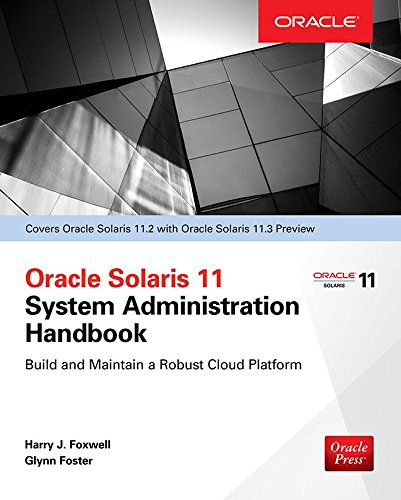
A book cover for Oracle Solaris 11.2 System Administration Handbook (Oracle Press); Harry Foxwell; Computers & Technology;